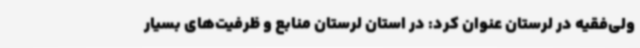
ولی‌فقیه در لرستان عنوان کرد: در استان لرستان منابع و ظرفیت‌های بسیار